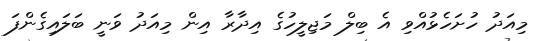
މިއަދު ހުށަހެޅުއްވި އެ ބިލް މަޖިލީހުގެ އިދާރާ އިން މިއަދު ވަނީ ބަލައިގެންފަ